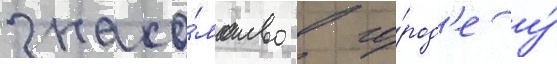
знако́мство в го́род'е у́